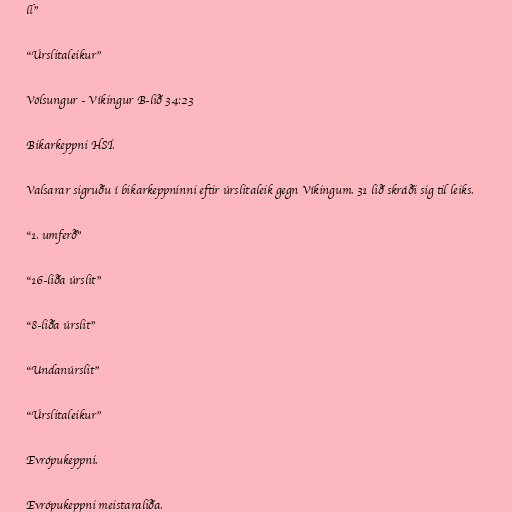
ll"

"Úrslitaleikur"

Völsungur - Víkingur B-lið 34:23

Bikarkeppni HSÍ.

Valsarar sigruðu í bikarkeppninni eftir úrslitaleik gegn Víkingum. 31 lið skráði sig til leiks.

"1. umferð"

"16-liða úrslit"

"8-liða úrslit"

"Undanúrslit"

"Úrslitaleikur"

Evrópukeppni.

Evrópukeppni meistaraliða.